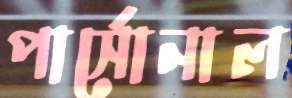
পার্সোনাল